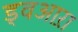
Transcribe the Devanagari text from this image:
ड्वआऱा